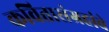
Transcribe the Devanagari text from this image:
कवितासंग्रहांचे